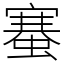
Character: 䗙